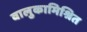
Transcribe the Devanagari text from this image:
वालुकामिश्रित